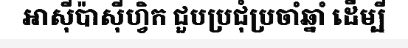
អាស៊ីប៉ាស៊ីហ្វិក ជួបប្រជុំប្រចាំឆ្នាំ ដើម្បី